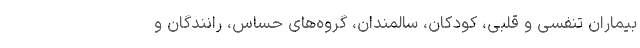
بیماران تنفسی و قلبی، کودکان، سالمندان، گروه‌های حساس، رانندگان و